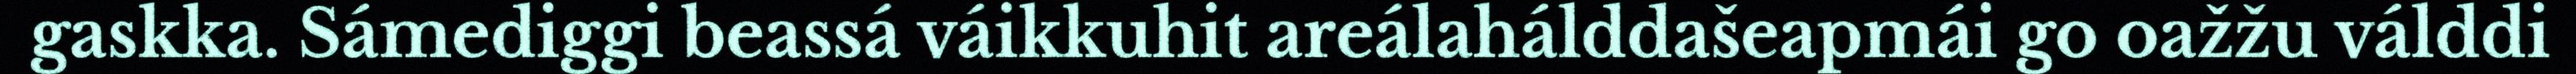
gaskka. Sámediggi beassá váikkuhit areálahálddašeapmái go oažžu válddi